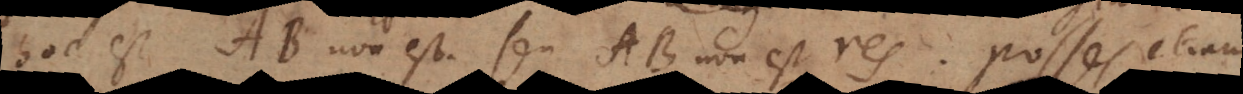
hoc est AB non est, seu AB non est res. Posses etiam